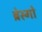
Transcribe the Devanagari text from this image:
ब्रेस्गो